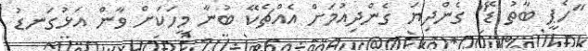
"ހެޕީ ބާތު ޑޭ" ގެންދިޔަ ގެންދިއުމަށް އެއްޗެކޭ ބުނާ މީހަކަށް ވާން އަޅުގަނޑު